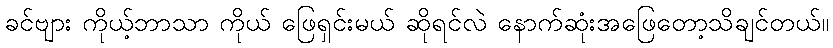
ခင်ဗျား ကိုယ့်ဘာသာ ကိုယ် ဖြေရှင်းမယ် ဆိုရင်လဲ နောက်ဆုံးအဖြေတော့သိချင်တယ်။